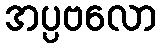
အပ္ပဗလော